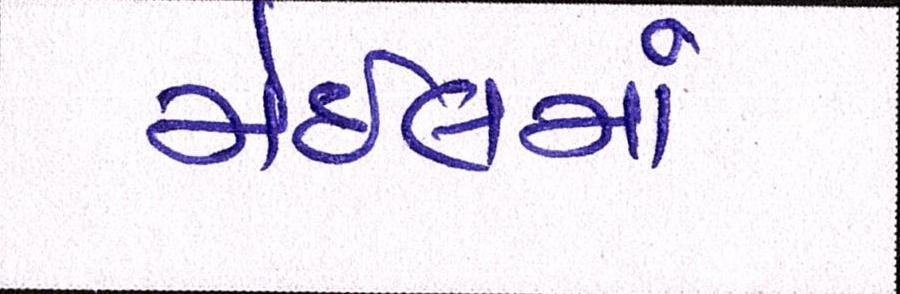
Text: મેઇલમાં